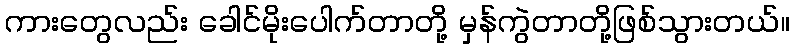
ကားတွေလည်း ခေါင်မိုးပေါက်တာတို့ မှန်ကွဲတာတို့ဖြစ်သွားတယ်။